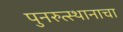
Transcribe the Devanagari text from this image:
पुनरुत्स्थानाचा